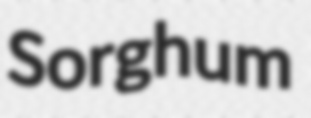
Sorghum